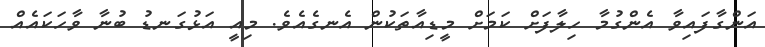
އަންގާފައިވާ އެންގުމާ ހިލާފަށް ކަމަށް މީޑިއާތަކުން އެނގެއެވެ. މިއީ އަޅުގަނޑު ބުނާ ވާހަކައެއް